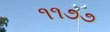
૧૧૭૭